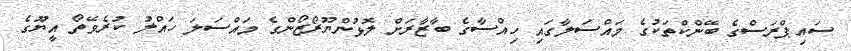
ސައިޕްރަސްގެ ބޭންކްތަކުގެ މައްސަލާގައި ހިއްސާގެ ބާޒާރަށް ލޮޅުންޔޫރޯޒޯންގެ މައްސަލަ ހައްލު ކުރެވޭތޯ އީޔޫގެ